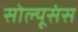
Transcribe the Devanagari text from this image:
सोल्यूसंस